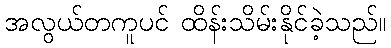
အလွယ်တကူပင် ထိန်းသိမ်းနိုင်ခဲ့သည်။